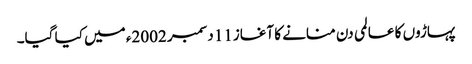
پہاڑوں کا عالمی دن منانے کا آغاز11 دسمبر 2002ء میں کیا گیا۔